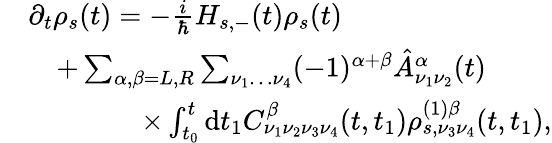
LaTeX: \begin{array}{rl}&{\partial_{t}\rho_{s}(t)=-\frac{i}{\hbar}H_{s,-}(t)\rho_{s}(t)}\\ &{\quad+\sum_{\alpha,\beta=L,R}\sum_{\nu_{1}\dots\nu_{4}}(-1)^{\alpha+\beta}\hat{A}_{\nu_{1}\nu_{2}}^{\alpha}(t)}\\ &{\qquad\qquad\times\int_{t_{0}}^{t}\mathrm{d}t_{1}C_{\nu_{1}\nu_{2}\nu_{3}\nu_{4}}^{\beta}(t,t_{1})\rho_{s,\nu_{3}\nu_{4}}^{(1)\beta}(t,t_{1}),}\end{array}